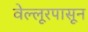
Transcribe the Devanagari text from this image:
वेल्लूरपासून